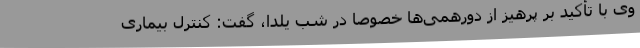
وی با تأکید بر پرهیز از دورهمی‌ها خصوصاً در شب یلدا، گفت: کنترل بیماری